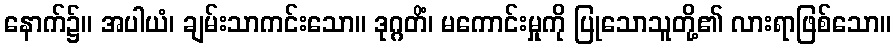
နောက်၌။ အပါယံ၊ ချမ်းသာကင်းသော။ ဒုဂ္ဂတိံ၊ မကောင်းမှုကို ပြုသောသူတို့၏ လားရာဖြစ်သော။